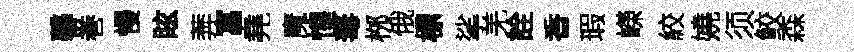
馨巻慢眩莾富堯魔惶毒桞俄標挲羌詮香瑕嶸絞嬈须鲛森